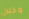
وخلال